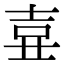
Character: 𡔦